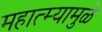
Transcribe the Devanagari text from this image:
महात्म्यामुळे